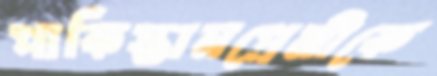
পাকিস্তানপ্রেমীকে